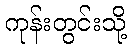
ကုန်းတွင်းသို့